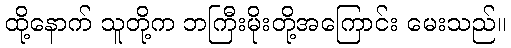
ထို့နောက် သူတို့က ဘကြီးမိုးတို့အကြောင်း မေးသည်။